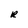
Character: R